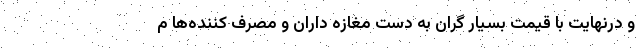
و درنهایت با قیمت بسیار گران به دست مغازه داران و مصرف کننده‌ها م